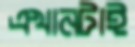
এখানটাই